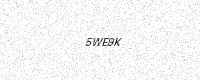
Text: 5WE9K